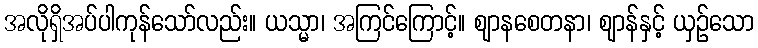
အလိုရှိအပ်ပါကုန်သော်လည်း။ ယသ္မာ၊ အကြင်ကြောင့်။ ဈာနစေတနာ၊ ဈာန်နှင့် ယှဉ်သော